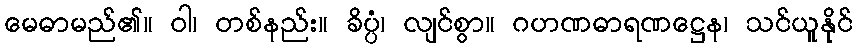
မေဓာမည်၏။ ဝါ၊ တစ်နည်း။ ခိပ္ပံ၊ လျင်စွာ။ ဂဟဏဓာရဏဋ္ဌေန၊ သင်ယူနိုင်